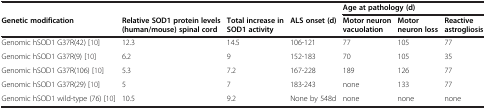
| <COLSPAN=4>  | <COLSPAN=3> Age at pathology (d) |
 | Genetic modification | Relative SOD1 protein levels (human/mouse) spinal cord | Total increase in SOD1 activity | ALS onset (d) | Motor neuron vacuolation | Motor neuron loss | Reactive astrogliosis |
 | --- | --- | --- | --- | --- | --- | --- |
 | Genomic hSOD1 G37R(42) [10] | 12.3 | 14.5 | 106-121 | 77 | 105 | 77 |
 | Genomic hSOD1 G37R(9) [10] | 6.2 | 9 | 152-183 | 70 | 105 | 35 |
 | Genomic hSOD1 G37R(106) [10] | 5.3 | 7.2 | 167-228 | 189 | 126 | 77 |
 | Genomic hSOD1 G37R(29) [10] | 5 | 7 | 183-243 | none | 133 | 77 |
 | Genomic hSOD1 wild-type (76) [10] | 10.5 | 9.2 | None by 548d | none | none | none |